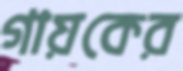
গায়কের